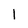
Character: 1